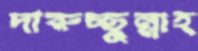
দারুচ্ছুন্নাহ